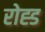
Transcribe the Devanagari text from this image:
रोह्ड